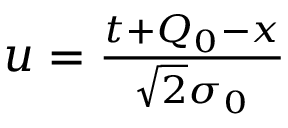
\begin{array} { r } { u = \frac { t + Q _ { 0 } - x } { \sqrt { 2 } \sigma _ { 0 } } } \end{array}